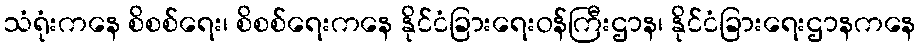
သံရုံးကနေ စိစစ်ရေး၊ စိစစ်ရေးကနေ နိုင်ငံခြားရေးဝန်ကြီးဌာန၊ နိုင်ငံခြားရေးဌာနကနေ